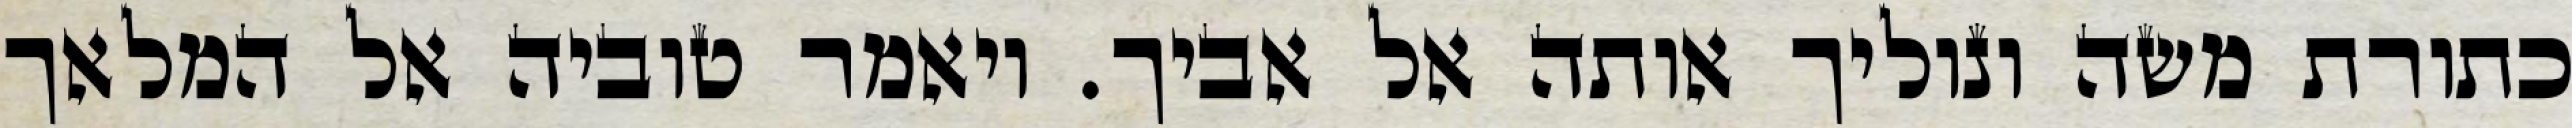
כתורת משה ונוליך אותה אל אביך. ויאמר טוביה אל המלאך